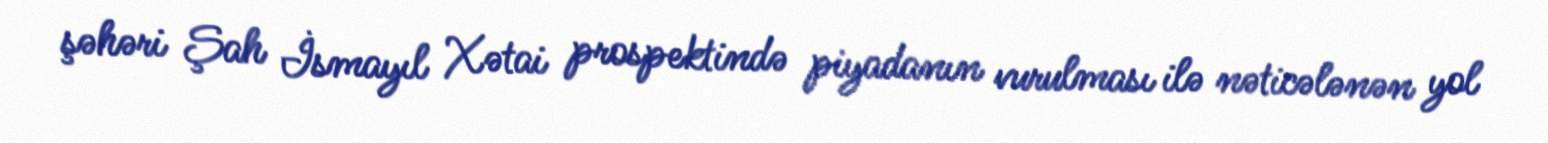
şəhəri Şah İsmayıl Xətai prospektində piyadanın vurulması ilə nəticələnən yol